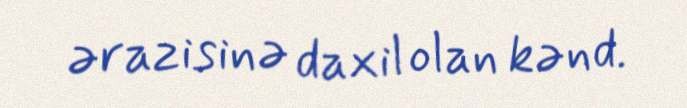
ərazisinə daxil olan kənd.